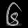
Digit: ၆